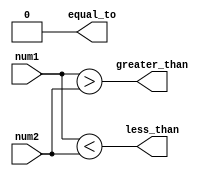
module comparator(
    input [15:0] num1,
    input [15:0] num2,
    output less_than,
    output equal_to,
    output greater_than
);

wire [15:0] bit_eq;
wire [15:0] bit_g;
wire [15:0] bit_l;

assign bit_eq = num1 == num2;
assign bit_g = num1 > num2;
assign bit_l = num1 < num2;

assign equal_to = &bit_eq;
assign greater_than = |bit_g;
assign less_than = |bit_l;

endmodule